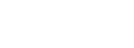
ပေးလိုက်ရာ